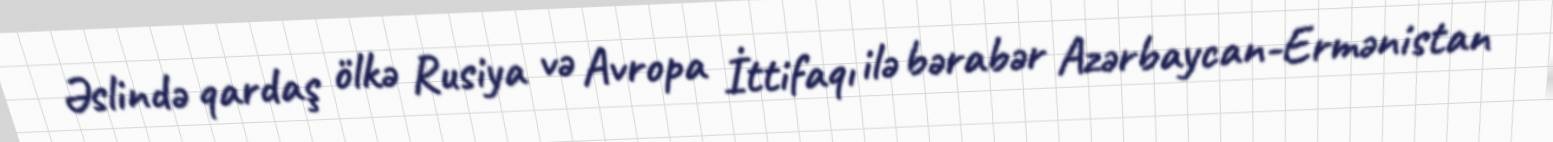
Əslində qardaş ölkə Rusiya və Avropa İttifaqı ilə bərabər Azərbaycan-Ermənistan